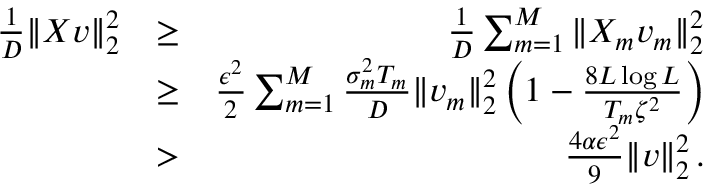
\begin{array} { r l r } { \frac 1 D | \! | X \boldsymbol { v } | \! | _ { 2 } ^ { 2 } } & { \geq } & { \frac 1 D \sum _ { m = 1 } ^ { M } | \! | X _ { m } \boldsymbol { v } _ { m } | \! | _ { 2 } ^ { 2 } } \\ & { \geq } & { \frac { \epsilon ^ { 2 } } 2 \sum _ { m = 1 } ^ { M } \frac { \sigma _ { m } ^ { 2 } T _ { m } } { D } | \! | \boldsymbol { v } _ { m } | \! | _ { 2 } ^ { 2 } \left( 1 - \frac { 8 L \log L } { T _ { m } \zeta ^ { 2 } } \right) } \\ & { > } & { \frac { 4 \alpha \epsilon ^ { 2 } } { 9 } | \! | \boldsymbol { v } | \! | _ { 2 } ^ { 2 } \, . } \end{array}